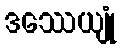
ဒဿေယျုံ